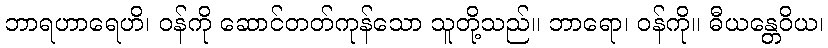
ဘာရဟာရေဟိ၊ ဝန်ကို ဆောင်တတ်ကုန်သော သူတို့သည်။ ဘာရော၊ ဝန်ကို။ ဓီယန္တေဝိယ၊